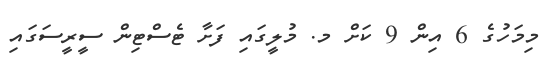
މިމަހުގެ 6 އިން 9 ކަށް މ. މުލީގައި ފަށާ ޓެސްޓިން ސީރީސަގައި